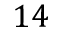
1 4